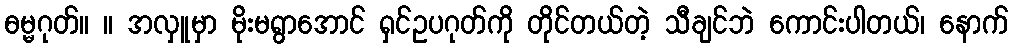
ဓမ္မဂုတ်။ ။ အလှူမှာ မိုးမရွာအောင် ရှင်ဥပဂုတ်ကို တိုင်တယ်တဲ့ သီချင်ဘဲ ကောင်းပါတယ်၊ နောက်